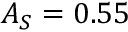
A _ { S } = 0 . 5 5